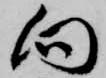
向